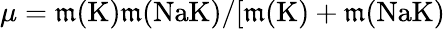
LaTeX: \mu=\mathfrak{m}(\textrm{{K}})\mathfrak{m}(\textrm{{Na}}\textrm{{K}})/[\mathfrak{m}(\textrm{{K}})+\mathfrak{m}(\textrm{{Na}}\textrm{{K)}}